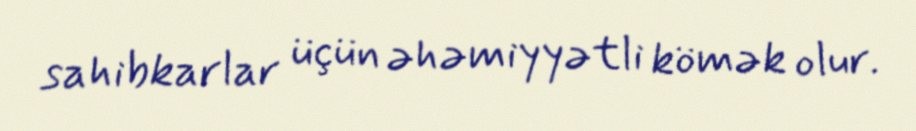
sahibkarlar üçün əhəmiyyətli kömək olur.